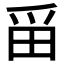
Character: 𪽋